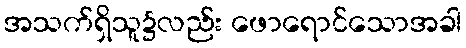
အသက်ရှိသူ၌လည်း ဖောရောင်သောအခါ